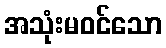
အသုံးမဝင်သော